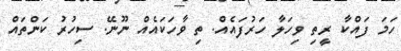
ހަމަ ފައްކާ ރީތި ވިހަލާ ހަރުފައެއް. ތި ވާހަކައެއް ނޫނޭ. ސިހުރު ކަންތައް